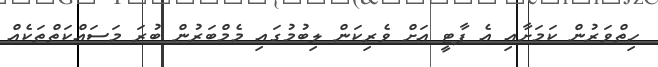
ހިތްވަރުން ކަމަށާއި އެ ޕާޓީ އަށް ވެރިކަން ލިބުމުގައި މެމްބަރުން ބުރަ މަސައްކަތްތަކެއް